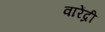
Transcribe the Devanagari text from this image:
वारेंद्री